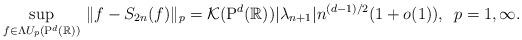
LaTeX: \begin{align*} \sup_{f\in \Lambda U_{p}(\mathrm{P}^{d}(\mathbb{R}))}\,\|f-S_{2n}(f)\| _{p}=\mathcal{K}(\mathrm{P}^{d}(\mathbb{R}))|\lambda_{n+1}|n^{(d-1)/2}(1+o(1)),\,\,\,p=1,\infty .\end{align*}